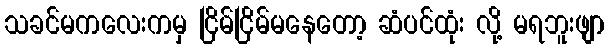
သခင်မကလေးကမှ ငြိမ်ငြိမ်မနေတော့ ဆံပင်ထုံး လို့ မရဘူးဖျာ